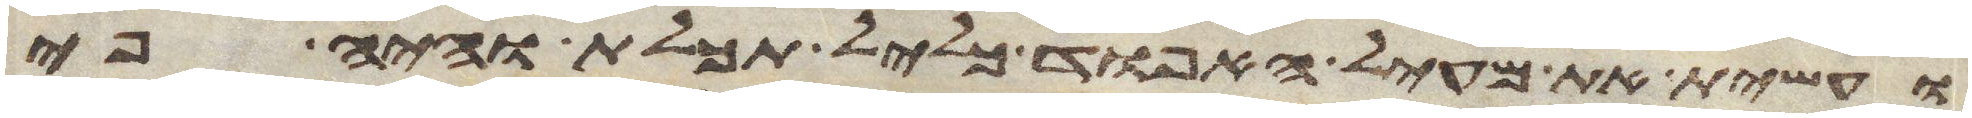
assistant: ועשית את מעיל האפוד כליל תכלת והיה פי